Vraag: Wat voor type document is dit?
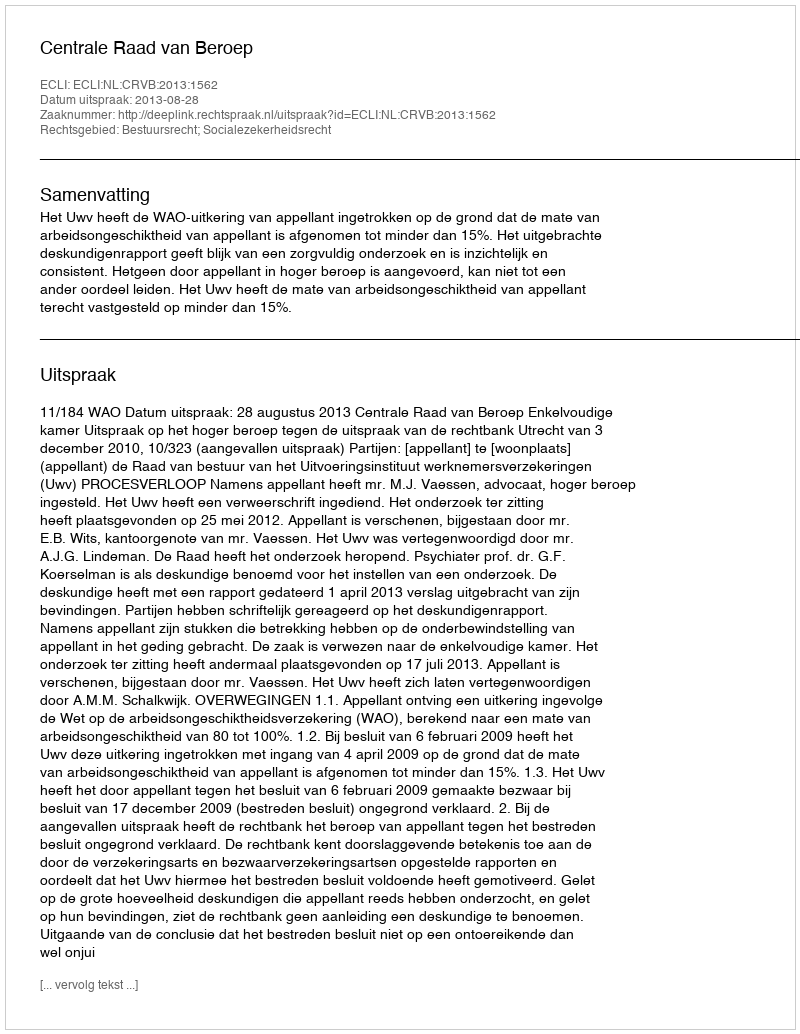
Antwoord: Uitspraak